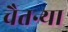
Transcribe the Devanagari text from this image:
चैतन्या